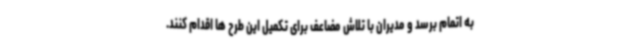
به اتمام برسد و مدیران با تلاش مضاعف برای تکمیل این طرح ها اقدام کنند.